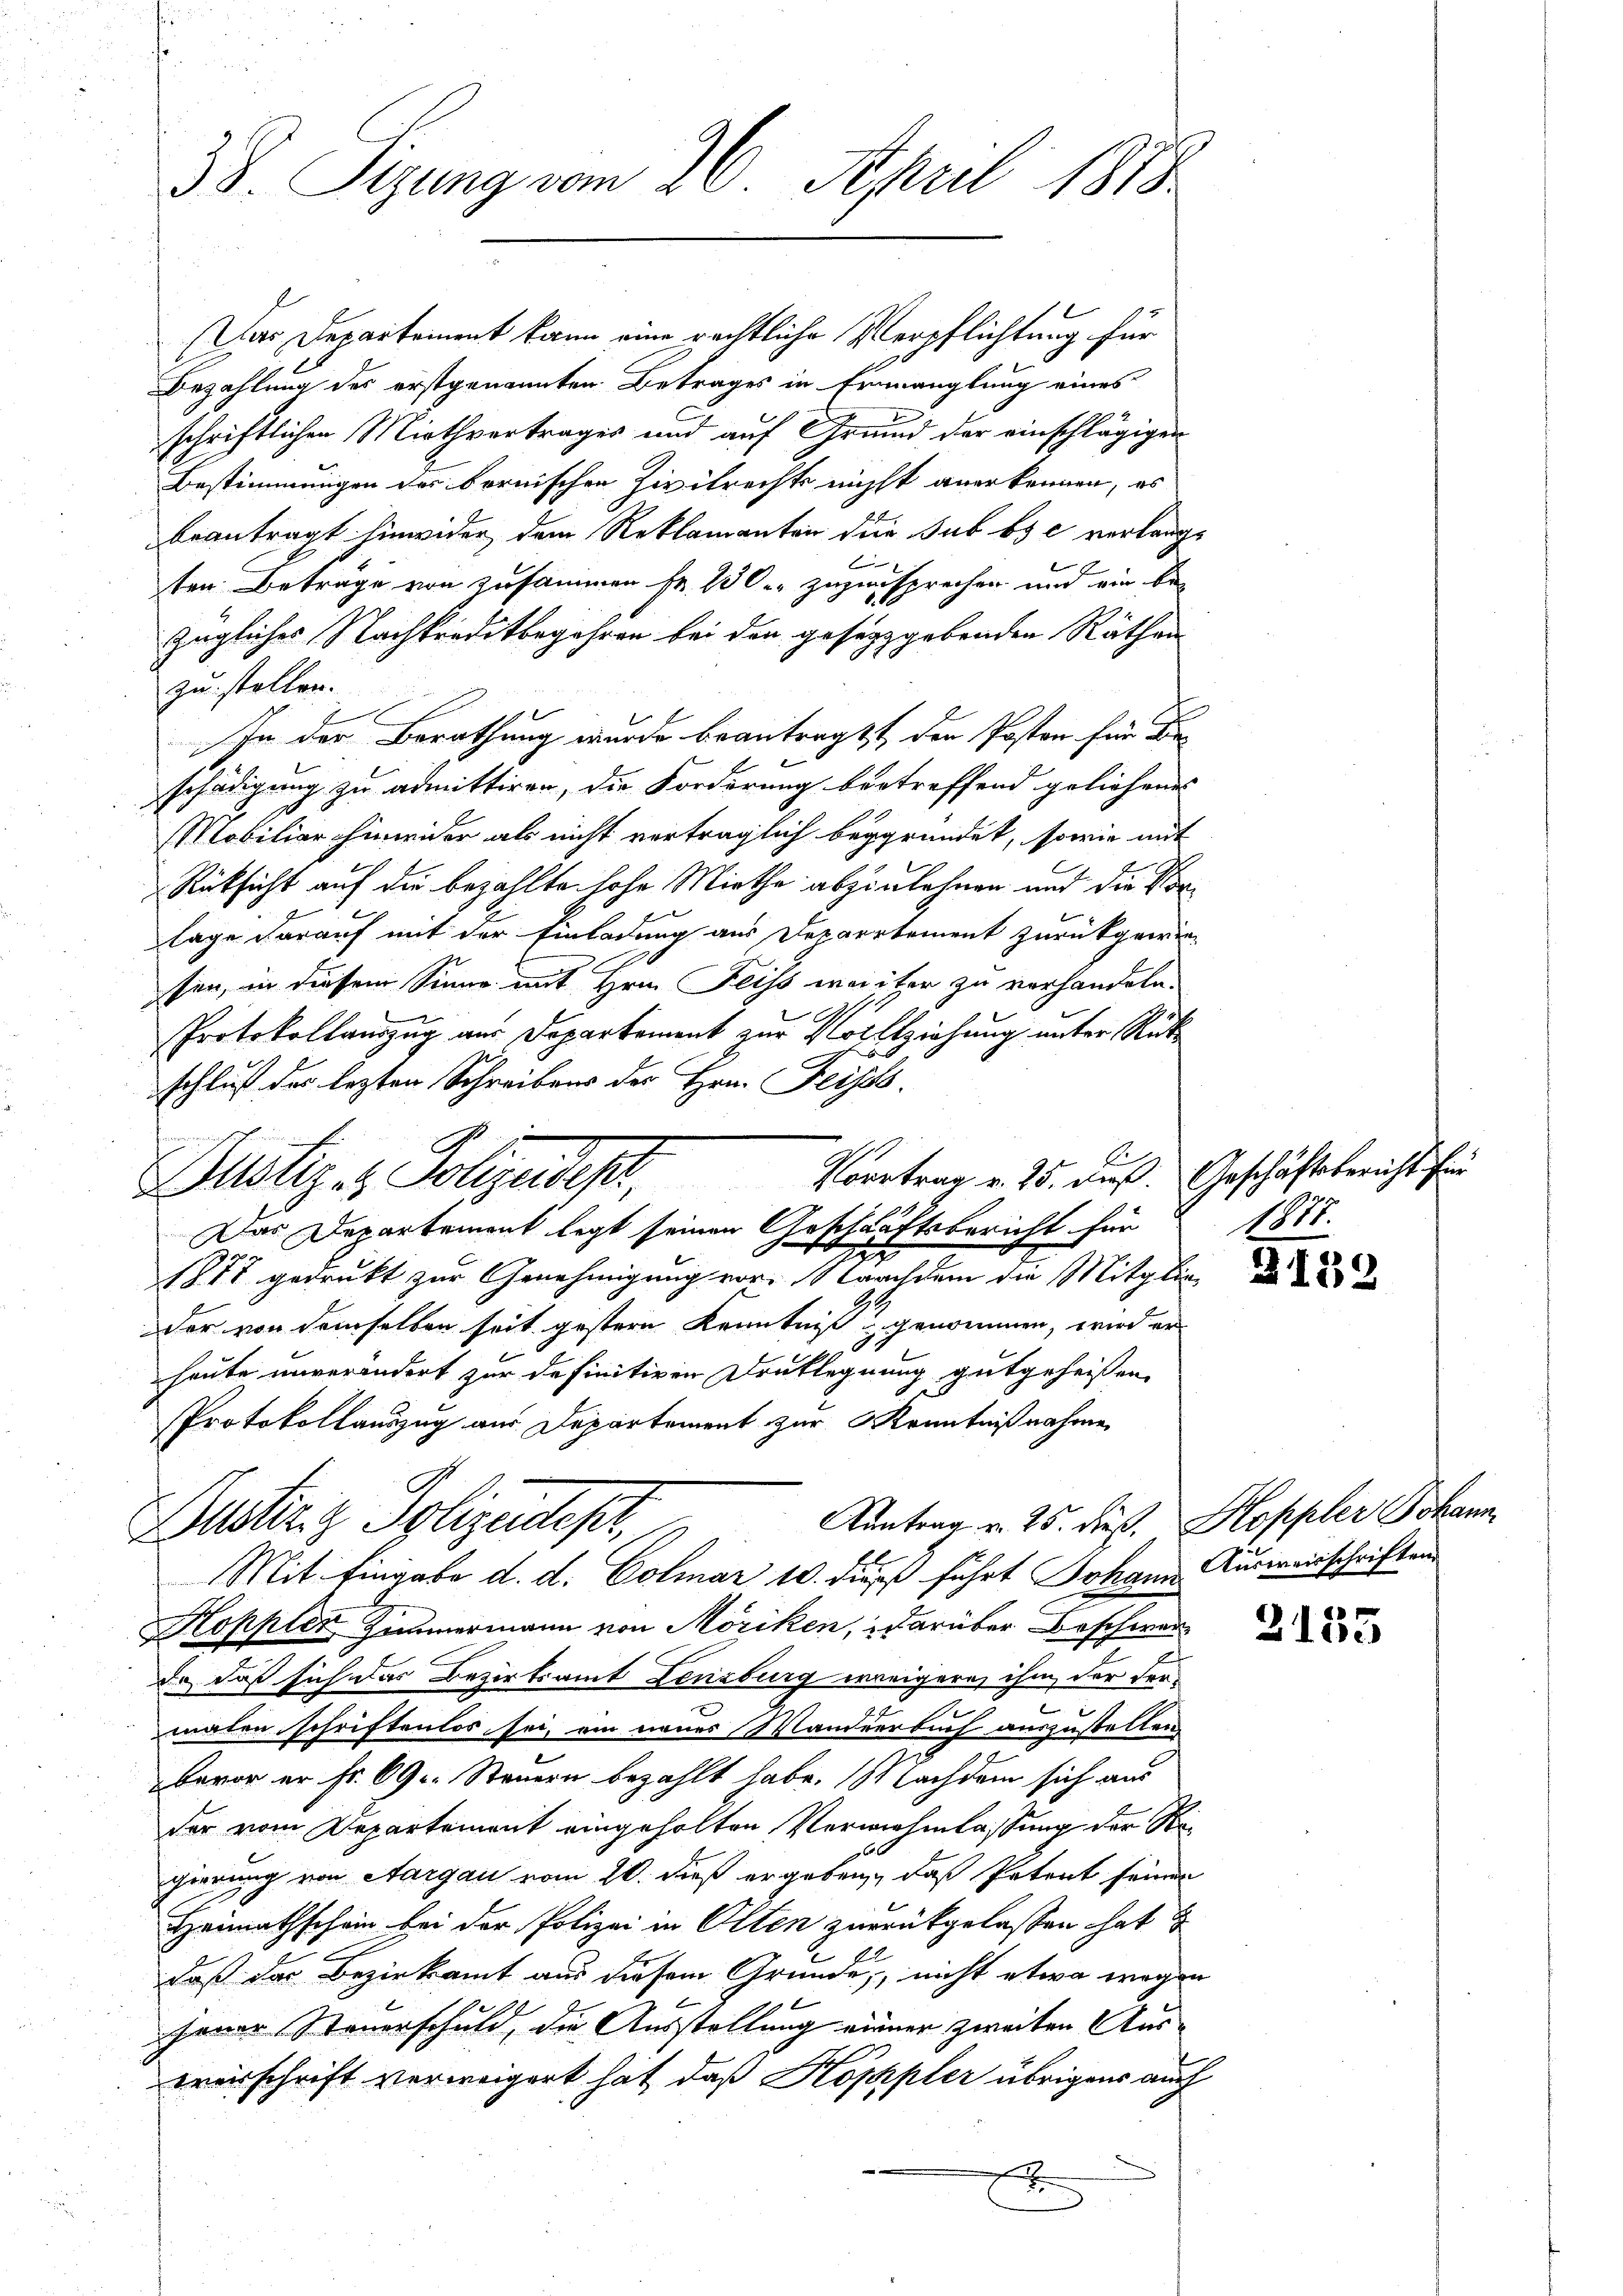
38. Sizung vom 26. April 1878

Das Departement kann eine rechtliche Verpflichtung für
Bezahlung des erstgenannten Betrages in Ermanglung eines
schriftlichen Miethvertrages und auf Grund der einschlägigen
Bestimmungen des bernischen Zivilrechts nicht anerkennen, es
beantragt hinwider dem Reklamanten die sub bs c verlangt
f
ten Betrage von zusammen Fr. 100 zuzusprechen und wir bezügliches Nachkreditbegehren bei der gesetzgebenden Räthen
zu stellen.
In der Berathung wurde beantragt, den Posten für Dir
schädigung zu admittiren, die Forderung betreffend geliehenes
Mobiliar hinwider als nicht verträglich begründet, sowie mit
Rücksicht auf die bezahlte hohe Miethe abzulehnen und die Vorlage darauf mit der Einladung aus Departement zurückgewie¬
2
sen, in diesem Sinne mit Hrn. Fliss weiter zu vorhandeln.
Protokollauszug aus Departement zur Vollziehung unter Rütischluß der lezten Schreibens des Hrn. Feiges.
Das Departement legt seinen Geschäftsbericht für
e
9
1877 gedruckt zur Genehmigung vor. Nachdem die Mitglie de
der von demselben seit gestern Kenntniß genommen, wird er
heute unverändert zur definitiven Druklegnung gutgeheißen.
Protokollauszug aus Departement zur Kenntnißnahme
Aantrag v. 25. dieß. Hoppler Johann
Alster z. Polizeidest,
Mit Eingabe d. d. Colmar 10. dieß führt Johann Ausweisschriften
Koppler Zimmermann von Möriken, darüber Beschwerd., daß sich das Bezirksamt Lenzburg weigern, ihm der der-
malen schriftenlos sei, ein neuer Wanderbuch auszustellen
bevor er Fr. 690. Steuern bezahlt habe. Nachdem sich aus
der vom Departement eingeholten Verwahmlassung der Regierung von Aargau vom 20. dieß ergeben, daß Petent seinen
Heimathschein bei der Polizei in Olten zurückgelassen hat u
daß das Bezirksamt aus diesem Grunde, nicht etwa wegen
.
jener Steuerschuld, die Ausstellung einer zweiten Auswerschrift verweigert hat, daß Koppler übrigens auch
x

Justiz- & Polizeidest. Vortrag v. 15. Fuß. Geschäftsbericht her

1877.

2135